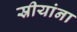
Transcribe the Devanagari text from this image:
स्रीयांना